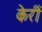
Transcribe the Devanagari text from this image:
केरीं